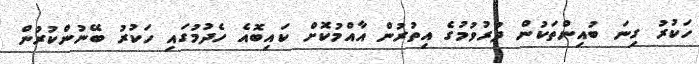
ހަކުރު ގިނަ ބުއިންތަކުން ދުރުވުމުގެ އިތުރުން އާއްމުކޮށް ކައިބޮއެ ހެދުމުގައި ހަކުރު ބޭނުންކުރުން